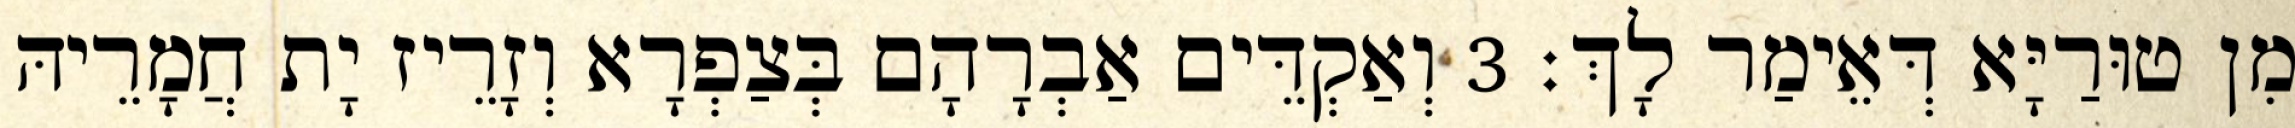
מִן טוּרַיָּא דְּאֵימַר לָךְ׃ 3 וְאַקְדֵּים אַבְרָהָם בְּצַפְרָא וְזָרֵיז יָת חֲמָרֵיהּ